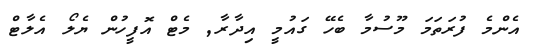
އެންމެ ފުރަތަމަ މޫސުމާ ބެހޭ ގައުމީ އިދާރާ